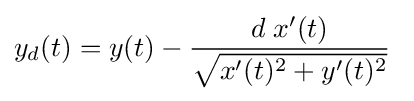
y_{d}(t)=y(t)-{\frac {d\;x'(t)}{\sqrt {x'(t)^{2}+y'(t)^{2}}}}\